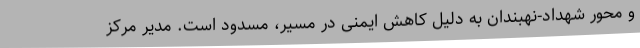
و محور شهداد-نهبندان به دلیل کاهش ایمنی در مسیر، مسدود است. مدیر مرکز